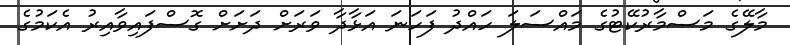
މާލޭގެ މަސްމާރުކޭޓުގެ މައްސަލަ ހައްދު ފަހަނަ އަޅާދާ ވަރަށް ދަށަށް ގޮސްފައިވާއިރު އެކަމުގެ